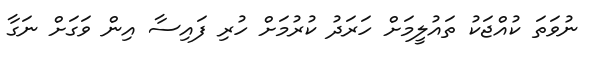
ނުވަތަ ކުއްޖަކު ތައުލީމަށް ހަރަދު ކުރުމަށް ހުރި ފައިސާ އިން ވަގަށް ނަގާ